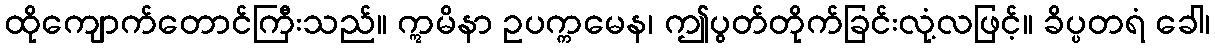
ထိုကျောက်တောင်ကြီးသည်။ ဣမိနာ ဥပက္ကမေန၊ ဤပွတ်တိုက်ခြင်းလုံ့လဖြင့်။ ခိပ္ပတရံ ခေါ၊